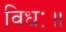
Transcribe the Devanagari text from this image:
विधः॥